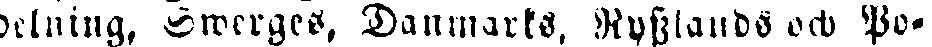
delning, Swerges, Danmarks, Rysslands och Po-